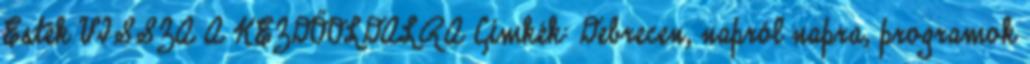
Esték VISSZA A KEZDŐOLDALRA Címkék: Debrecen, napról napra, programok